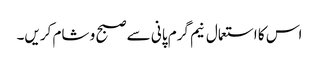
اس کا استعمال نیم گرم پانی سے صبح و شام کریں۔